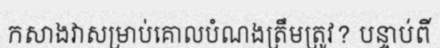
កសាងវាសម្រាប់គោលបំណងត្រឹមត្រូវ? បន្ទាប់ពី